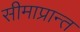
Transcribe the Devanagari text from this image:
सीमाप्रान्त